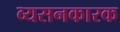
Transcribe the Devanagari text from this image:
व्यसनकारक